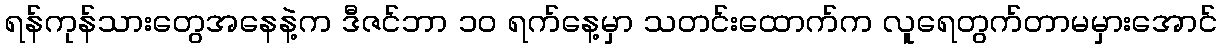
ရန်ကုန်သားတွေအနေနဲ့က ဒီဇင်ဘာ ၁၀ ရက်နေ့မှာ သတင်းထောက်က လူရေတွက်တာမမှားအောင်